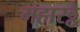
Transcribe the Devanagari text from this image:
महारठ्ठे